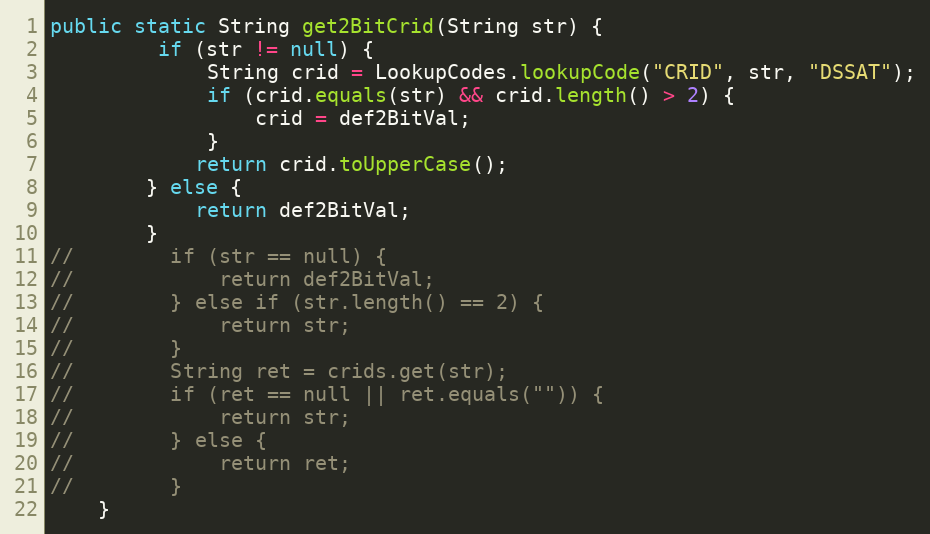
Language: Java
public static String get2BitCrid(String str) {
         if (str != null) {
             String crid = LookupCodes.lookupCode("CRID", str, "DSSAT");
             if (crid.equals(str) && crid.length() > 2) {
                 crid = def2BitVal;
             }
            return crid.toUpperCase();
        } else {
            return def2BitVal;
        }
//        if (str == null) {
//            return def2BitVal;
//        } else if (str.length() == 2) {
//            return str;
//        }
//        String ret = crids.get(str);
//        if (ret == null || ret.equals("")) {
//            return str;
//        } else {
//            return ret;
//        }
    }